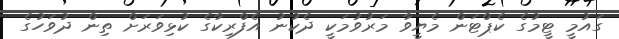
ގައުމީ ޓީމުގެ ކެޕްޓަން މެޔީވާ މަރުވުމަކީ ދެކުނު އެފްރިކާގެ ކުޅިވަރަށް ތިން ދުވަހުގެ